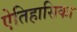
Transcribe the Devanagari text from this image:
ऐतिहासिका